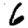
Digit: 6